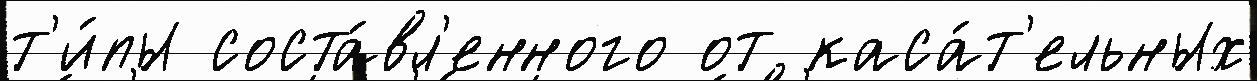
т'и́пы соста́вл'енного от каса́т'ельных